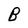
Character: B